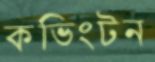
কভিংটন